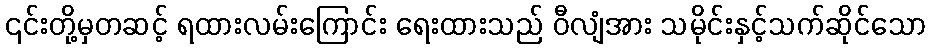
၎င်းတို့မှတဆင့် ရထားလမ်းကြောင်း ရေးထားသည် ဝီလျံအား သမိုင်းနှင့်သက်ဆိုင်သော